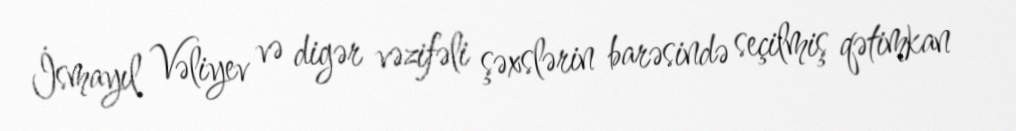
İsmayıl Vəliyev və digər vəzifəli şəxslərin barəsində seçilmiş qətimkan